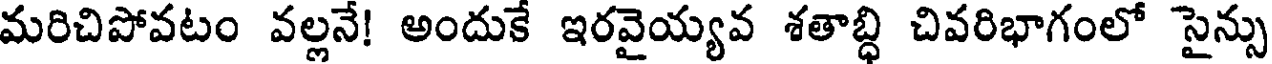
మరిచిపోవటం వల్లనే! అందుకే ఇరవైయ్యవ శతాబ్ధి చివరిభాగంలో సైన్సు